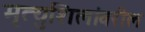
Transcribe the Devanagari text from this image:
मृत्युशिलांवरील